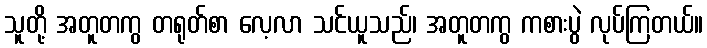
သူတို့ အတူတကွ တရုတ်စာ လေ့လာ သင်ယူသည်၊ အတူတကွ ကစားပွဲ လုပ်ကြတယ်။